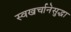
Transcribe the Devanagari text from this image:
स्वखर्चानेसुद्धा